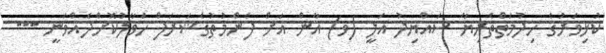
ކުޅިވަރުގެ ހިދުމަތްތެރިޔާ ސައްޔިދު އަލީ (ވ) އާން އަށް ފެންމުތުގެޝަރަފް ހަވާލުކޮށްދެއްވަނީ ---